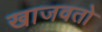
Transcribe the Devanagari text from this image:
खाजवतो